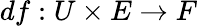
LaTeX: df:U\times E\to F